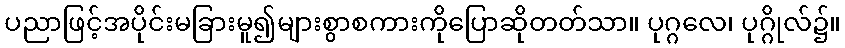
ပညာဖြင့်အပိုင်းမခြားမူ၍များစွာစကားကိုပြောဆိုတတ်သာ။ ပုဂ္ဂလေ၊ ပုဂ္ဂိုလ်၌။